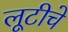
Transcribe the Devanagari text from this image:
लूटीचे